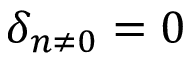
\delta _ { n \neq 0 } = 0